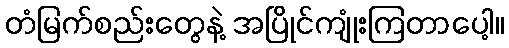
တံမြက်စည်းတွေနဲ့ အပြိုင်ကျုံးကြတာပေါ့။